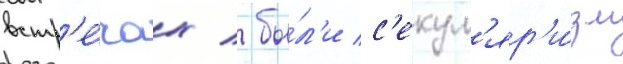
встр'е́чах / бы́л'и с'екул'яр'и́зм